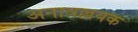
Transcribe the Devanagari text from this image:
अनावल्लयक